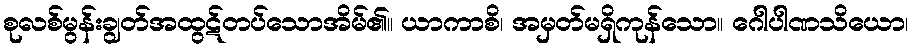
စုလစ်မွန်းချွတ်အထွဋ်တပ်သောအိမ်၏။ ယာကာစိ၊ အမှတ်မရှိကုန်သော။ ဂေါပါဏသိယော၊